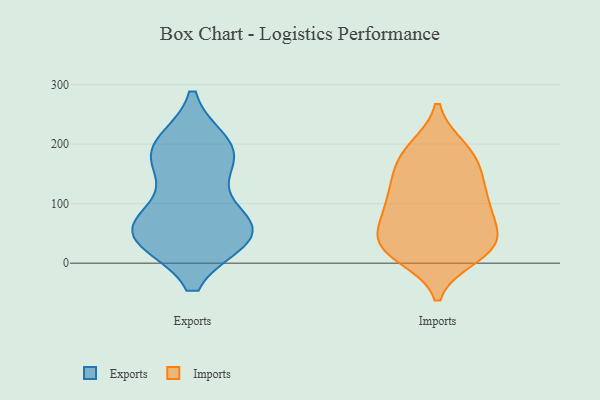
{"axis": {"x": "Inventory Turnover", "y": "Value"}, "legend": ["Exports", "Imports"], "data": [{"x": "", "y": 78, "type": "Exports"}, {"x": "", "y": 57, "type": "Exports"}, {"x": "", "y": 174, "type": "Exports"}, {"x": "", "y": 49, "type": "Exports"}, {"x": "", "y": 45, "type": "Exports"}, {"x": "", "y": 179, "type": "Exports"}, {"x": "", "y": 188, "type": "Exports"}, {"x": "", "y": 197, "type": "Exports"}, {"x": "", "y": 49, "type": "Exports"}, {"x": "", "y": 46, "type": "Exports"}, {"x": "", "y": 83, "type": "Imports"}, {"x": "", "y": 27, "type": "Imports"}, {"x": "", "y": 32, "type": "Imports"}, {"x": "", "y": 12, "type": "Imports"}, {"x": "", "y": 156, "type": "Imports"}, {"x": "", "y": 29, "type": "Imports"}, {"x": "", "y": 193, "type": "Imports"}, {"x": "", "y": 192, "type": "Imports"}, {"x": "", "y": 28, "type": "Imports"}, {"x": "", "y": 22, "type": "Imports"}, {"x": "", "y": 52, "type": "Imports"}, {"x": "", "y": 73, "type": "Imports"}, {"x": "", "y": 131, "type": "Imports"}, {"x": "", "y": 107, "type": "Imports"}, {"x": "", "y": 88, "type": "Imports"}, {"x": "", "y": 150, "type": "Imports"}, {"x": "", "y": 181, "type": "Imports"}, {"x": "", "y": 112, "type": "Imports"}]}